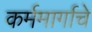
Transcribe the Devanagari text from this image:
कर्ममार्गाचे